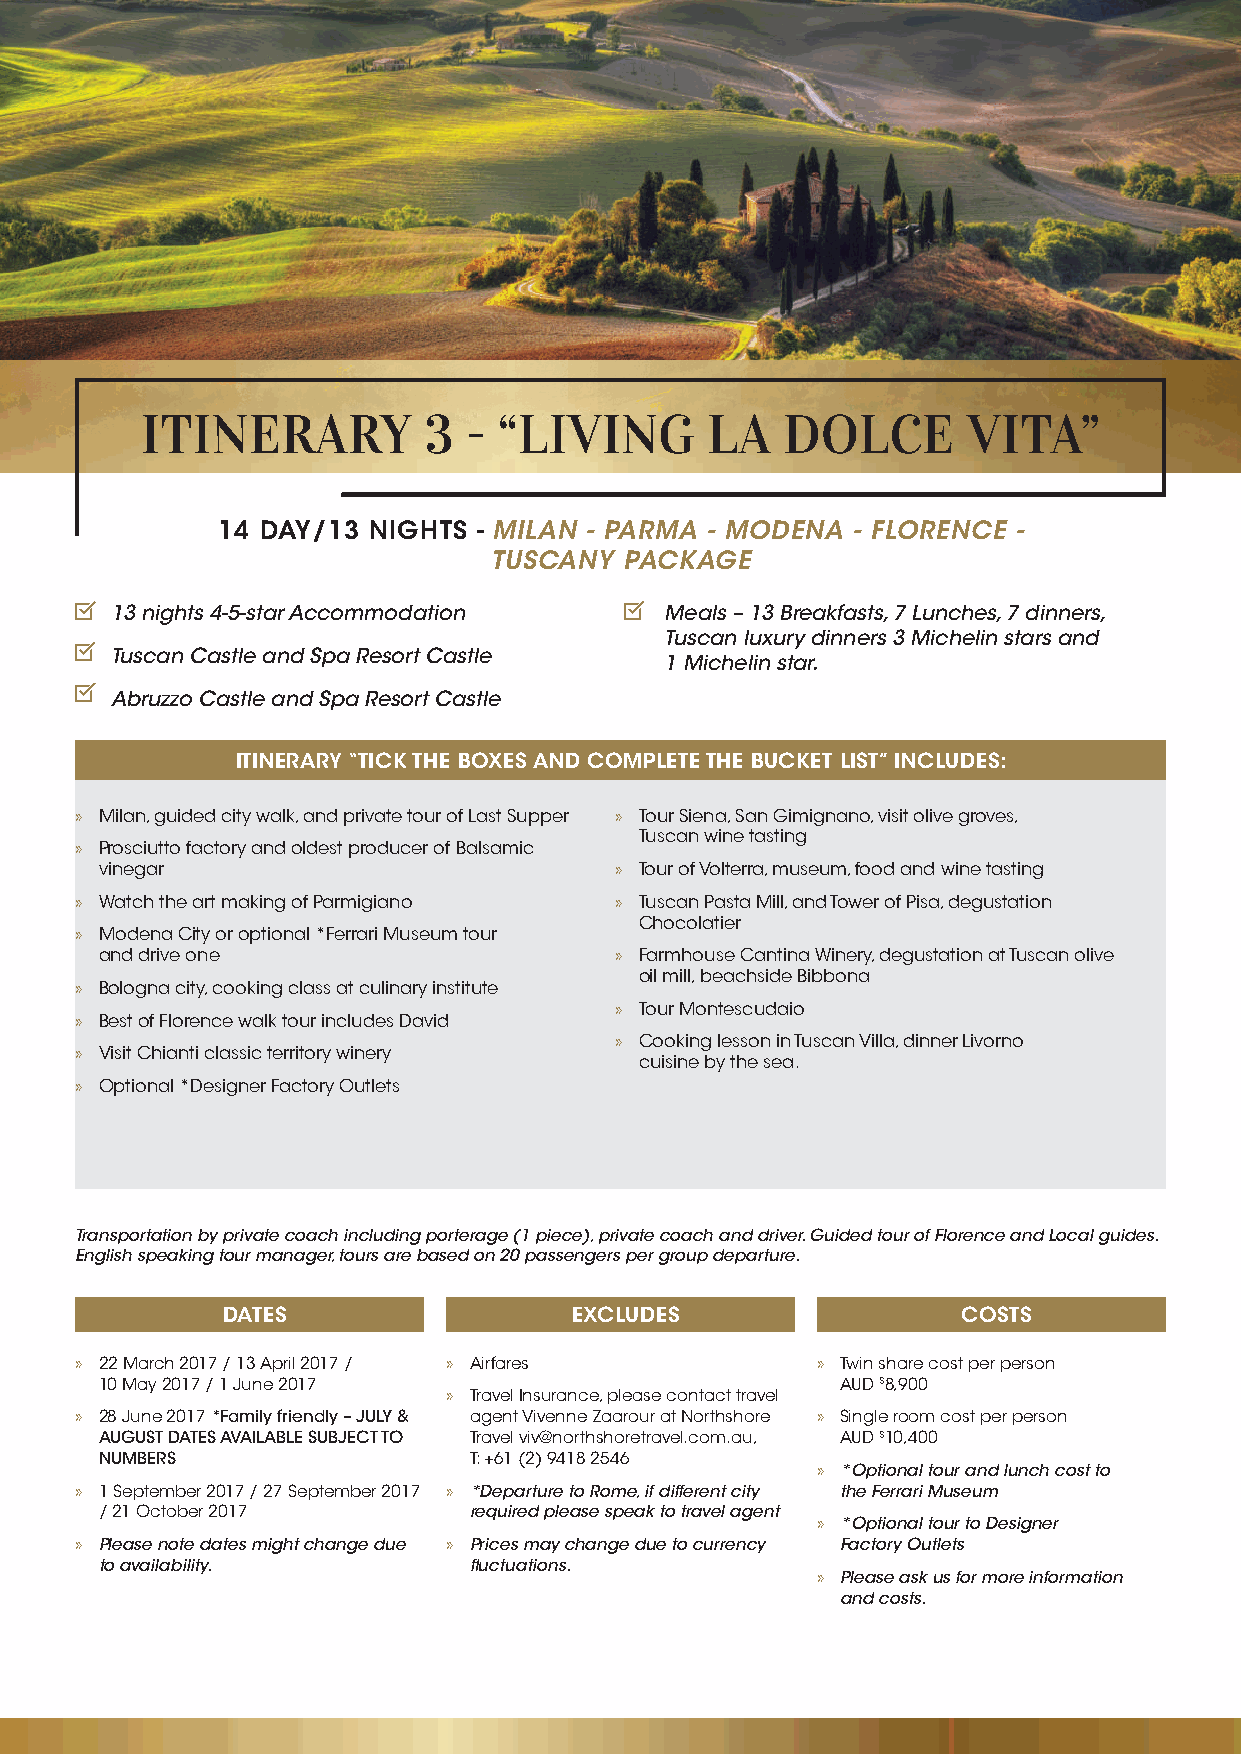
ITINERARY          3  - “LIVING       LA   DOLCE       VITA”
 14 DAY/13 NIGHTS  - MILAN - PARMA - MODENA - FLORENCE -
 TUSCANY  PACKAGE
 13 nights 4-5-star Accommodation     Meals – 13 Breakfasts, 7 Lunches, 7 dinners,
 Tuscan luxury dinners 3 Michelin stars and
 Tuscan Castle and Spa Resort Castle
 1 Michelin star.
 Abruzzo Castle and Spa Resort Castle
 ITINERARY “TICK THE BOXES AND COMPLETE THE BUCKET LIST” INCLUDES:
 » Milan, guided city walk, and private tour of Last Supper » Tour Siena, San Gimignano, visit olive groves,
 Tuscan wine tasting
 » Prosciutto factory and oldest producer of Balsamic
 vinegar                           » Tour of Volterra, museum, food and wine tasting
 » Watch the art making of Parmigiano » Tuscan Pasta Mill, and Tower of Pisa, degustation
 Chocolatier
 » Modena City or optional *Ferrari Museum tour
 and drive one                     » Farmhouse Cantina Winery, degustation at Tuscan olive
 oil mill, beachside Bibbona
 » Bologna city, cooking class at culinary institute
 » Tour Montescudaio
 » Best of Florence walk tour includes David
 » Cooking lesson in Tuscan Villa, dinner Livorno
 » Visit Chianti classic territory winery
 cuisine by the sea.
 » Optional *Designer Factory Outlets
 Transportation by private coach including porterage (1 piece), private coach and driver. Guided tour of Florence and Local guides.
 English speaking tour manager, tours are based on 20 passengers per group departure.
 DATES                  EXCLUDES                  COSTS
 » 22 March 2017 / 13 April 2017 / » Airfares     » Twin share cost per person
 10 May 2017 / 1 June 2017                        AUD $8,900
 » Travel Insurance, please contact travel
 » 28 June 2017 *Family friendly – JULY & agent Vivenne Zaarour at Northshore » Single room cost per person
 AUGUST DATES AVAILABLE SUBJECT TO Travel viv@northshoretravel.com.au, AUD $10,400
 NUMBERS                 T: +61 (2) 9418 2546
 » *Optional tour and lunch cost to
 » 1 September 2017 / 27 September 2017 » *Departure to Rome, if different city the Ferrari Museum
 / 21 October 2017       required please speak to travel agent
 » *Optional tour to Designer
 » Please note dates might change due » Prices may change due to currency Factory Outlets
 to availability.        fluctuations.
 » Please ask us for more information
 and costs.